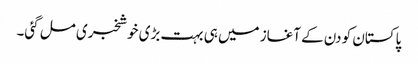
پاکستان کو دن کے آغاز میں ہی بہت بڑی خوشخبری مل گئی۔